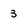
Character: 3